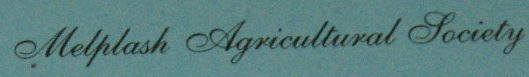
Melplash Agricultural Society